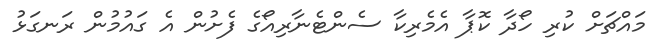
މައްޗަށް ކުރި ހޯދާ ކޮޕާ އެމެރިކާ ސެންޓެނާރިއޯގެ ފެށުން އެ ގައުމުން ރަނގަޅު